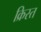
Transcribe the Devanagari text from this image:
क्रिस्त